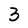
Character: 3